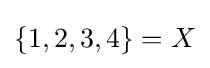
\{1,2,3,4\}=X